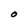
Character: O